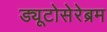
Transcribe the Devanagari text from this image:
ड्यूटोसेरेब्रम